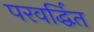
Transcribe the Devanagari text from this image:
परवर्द्धित